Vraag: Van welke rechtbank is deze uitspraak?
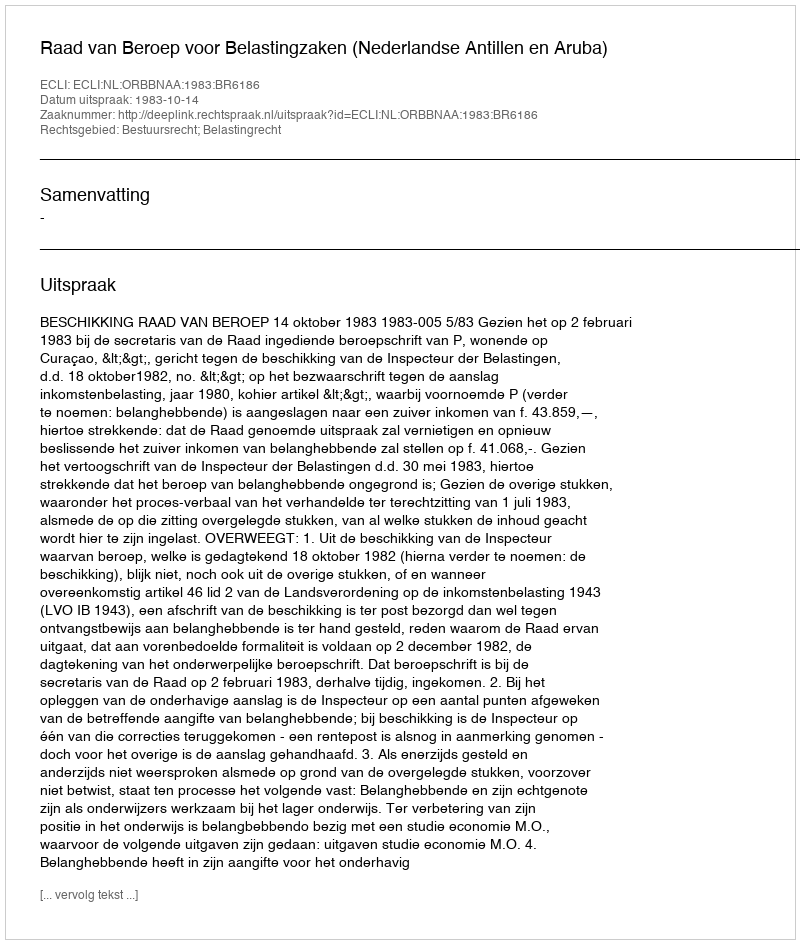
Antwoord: Raad van Beroep voor Belastingzaken (Nederlandse Antillen en Aruba)